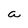
Character: a